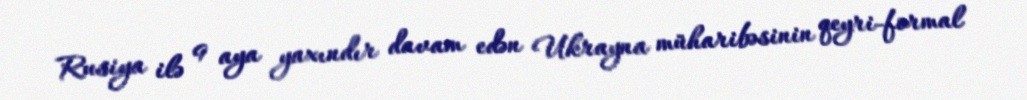
Rusiya ilə 9 aya yaxındır davam edən Ukrayna müharibəsinin qeyri-formal